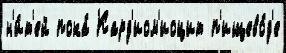
н'и́т'ей пока́ Кард'иом'иоцит п'ищево́д'е